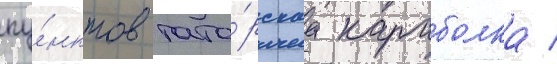
пу́нктов тата́рскаа караболка /